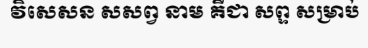
វិសេសន សសព្វ នាម គឺជា សព្ទ សម្រាប់